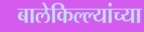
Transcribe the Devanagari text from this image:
बालेकिल्ल्यांच्या